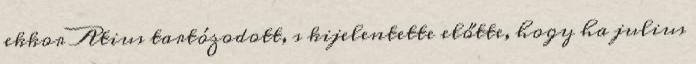
ekkor Atius tartózodott, s kijelentette előtte, hogy ha julius